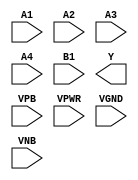
module sky130_fd_sc_lp__o41ai (
    //# {{data|Data Signals}}
    input  A1  ,
    input  A2  ,
    input  A3  ,
    input  A4  ,
    input  B1  ,
    output Y   ,

    //# {{power|Power}}
    input  VPB ,
    input  VPWR,
    input  VGND,
    input  VNB
);
endmodule